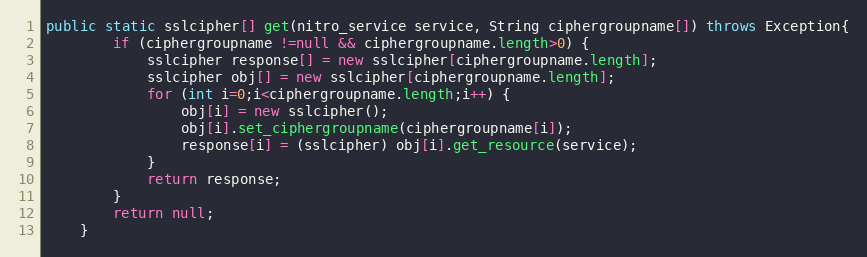
Language: Java
public static sslcipher[] get(nitro_service service, String ciphergroupname[]) throws Exception{
		if (ciphergroupname !=null && ciphergroupname.length>0) {
			sslcipher response[] = new sslcipher[ciphergroupname.length];
			sslcipher obj[] = new sslcipher[ciphergroupname.length];
			for (int i=0;i<ciphergroupname.length;i++) {
				obj[i] = new sslcipher();
				obj[i].set_ciphergroupname(ciphergroupname[i]);
				response[i] = (sslcipher) obj[i].get_resource(service);
			}
			return response;
		}
		return null;
	}